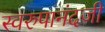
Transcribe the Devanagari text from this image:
स्वरुपानंदजी